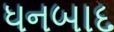
ધનબાદ